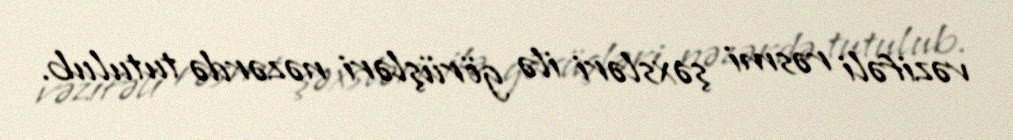
vəzifəli rəsmi şəxsləri ilə görüşləri nəzərdə tutulub.